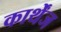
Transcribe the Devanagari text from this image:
कार्थेंज